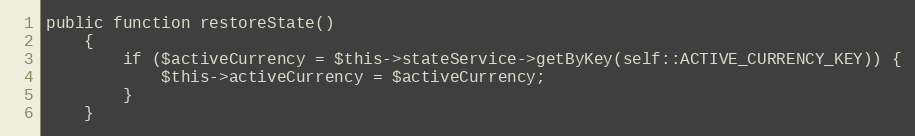
Language: PHP
public function restoreState()
    {
        if ($activeCurrency = $this->stateService->getByKey(self::ACTIVE_CURRENCY_KEY)) {
            $this->activeCurrency = $activeCurrency;
        }
    }